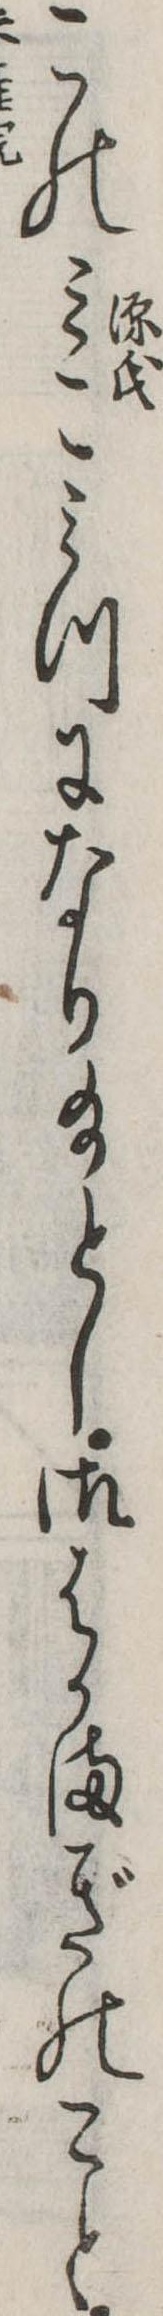
このみこみつになり給とし御はかまぎのこと